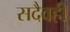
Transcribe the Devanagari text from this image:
सदैवही